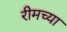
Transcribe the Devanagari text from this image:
रीमच्या